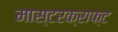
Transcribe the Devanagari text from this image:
मास्टरक्राफ्ट